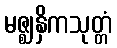
မဇ္ဈနှိကသုတ္တံ